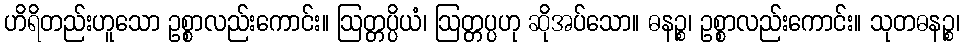
ဟိရိတည်းဟူသော ဥစ္စာလည်းကောင်း။ ဩတ္တပ္ပိယံ၊ ဩတ္တပ္ပဟု ဆိုအပ်သော။ ဓနဉ္စ၊ ဥစ္စာလည်းကောင်း။ သုတဓနဉ္စ၊